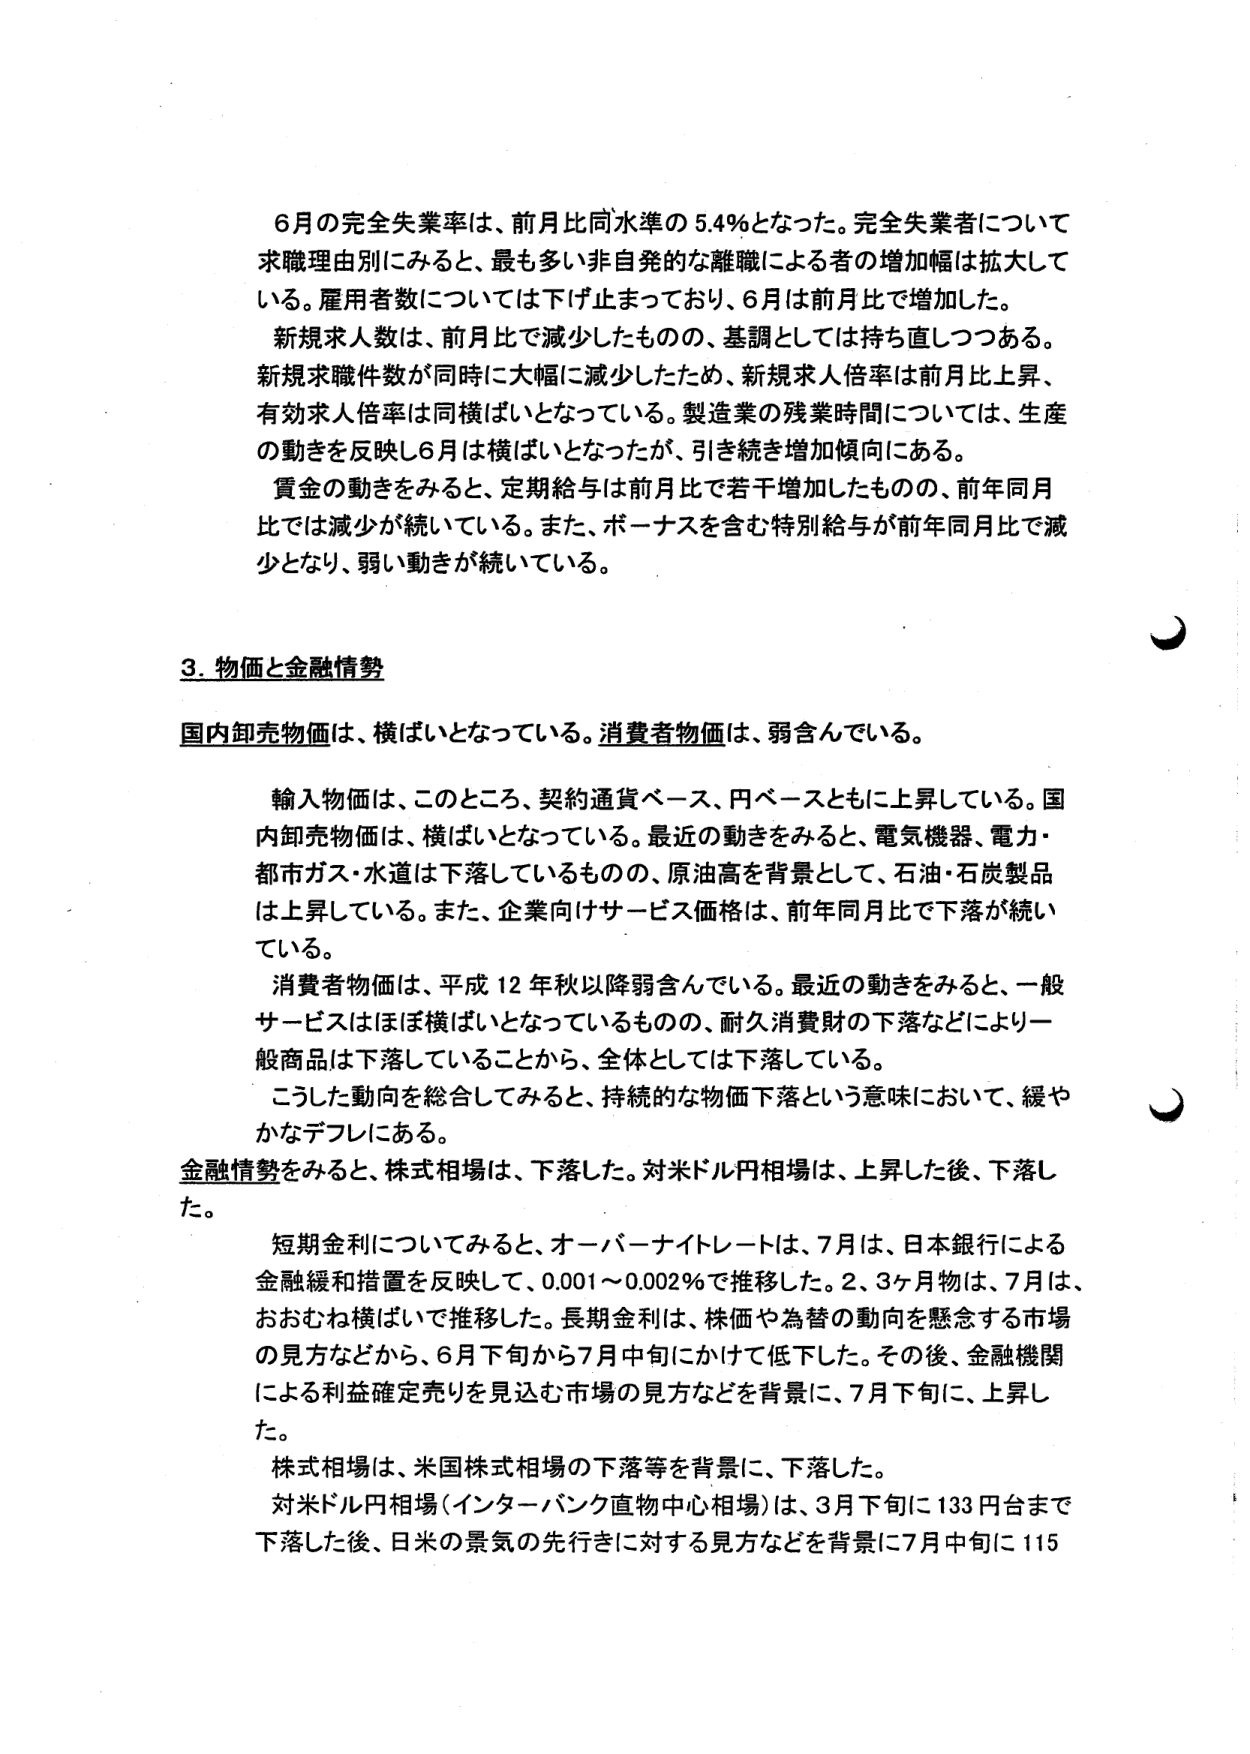
6月の完全失業率は、前月比同水準の5.4％となった。完全失業者について求職理由別にみると、最も多い非自発的な離職による者の増加幅は拡大している。雇用者数については下げ止まっており、6月は前月比で増加した。

新規求人数は、前月比で減少したものの、基調としては持ち直しつつある。新規求職件数が同時に大幅に減少したため、新規求人倍率は前月比上昇、有効求人倍率は同横ばいとなっている。製造業の残業時間については、生産の動きを反映し6月は横ばいとなったが、引き続き増加傾向にある。

賃金の動きをみると、定期給与は前月比で若干増加したものの、前年同月比では減少が続いている。また、ボーナスを含む特別給与が前年同月比で減少となり、弱い動きが続いている。

3. 物価と金融情勢

国内卸売物価は、横ばいとなっている。消費者物価は、弱含んでいる。

輸入物価は、このところ、契約通貨ベース、円ベースともに上昇している。国内卸売物価は、横ばいとなっている。最近の動きをみると、電気機器、電力・都市ガス・水道は下落しているものの、原油高を背景として、石油・石炭製品は上昇している。また、企業向けサービス価格は、前年同月比で下落が続いている。

消費者物価は、平成12年秋以降弱含んでいる。最近の動きをみると、一般サービスはほぼ横ばいとなっているものの、耐久消費財の下落などにより一般商品は下落していることから、全体としては下落している。

こうした動向を総合してみると、持続的な物価下落という意味において、緩やかなデフレにある。

金融情勢をみると、株式相場は、下落した。対米ドル円相場は、上昇した後、下落した。

短期金利についてみると、オーバーナイトレートは、7月は、日本銀行による金融緩和措置を反映して、0.001～0.002％で推移した。2、3ヶ月物は、7月は、おおむね横ばいで推移した。長期金利は、株価や為替の動向を懸念する市場の見方などから、6月下旬から7月中旬にかけて低下した。その後、金融機関による利益確定売りを見込む市場の見方などを背景に、7月下旬に、上昇した。

株式相場は、米国株式相場の下落等を背景に、下落した。

対米ドル円相場（インターバンク直物中心相場）は、3月下旬に133円台まで下落した後、日米の景気の先行きに対する見方などを背景に7月中旬に115